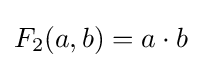
F_{2}(a,b)=a\cdot b